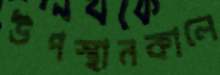
উপস্থানকালে